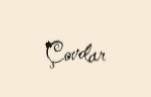
Çovdar